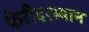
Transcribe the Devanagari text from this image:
फेरीदरम्यान